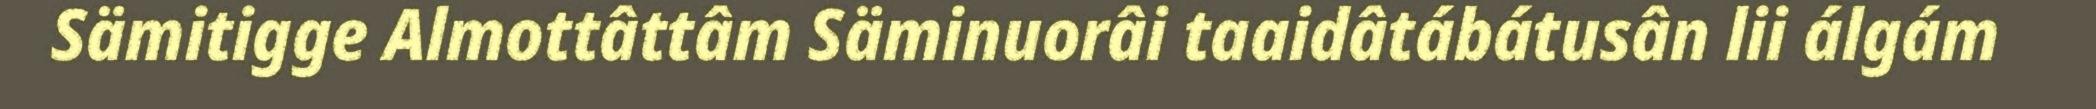
Sämitigge Almottâttâm Säminuorâi taaidâtábátusân lii álgám